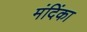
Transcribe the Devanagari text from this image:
मंदिंका